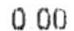
0.00